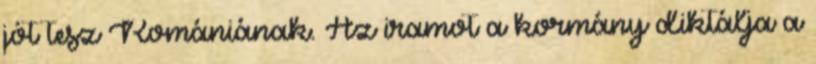
jót tesz Romániának. Az iramot a kormány diktálja a